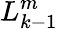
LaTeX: L_{k-1}^{m}